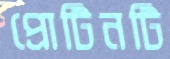
প্রোটিনটি